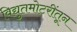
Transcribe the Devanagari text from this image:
विद्युतमोटरींतून